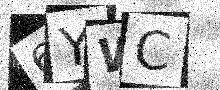
Text: 6YWC